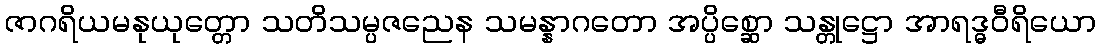
ဇာဂရိယမနုယုတ္တော သတိသမ္ပဇညေန သမန္နာဂတော အပ္ပိစ္ဆော သန္တုဋ္ဌော အာရဒ္ဓဝီရိယော